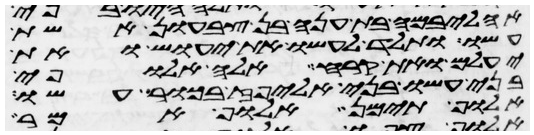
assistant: אהליבמה בת ענה בן צבעון אשת
עשו ותלד לעשו את יעוש ואת
יעלם ואת קרח אלה אלופי
בני עשו בני אליפז בכור עשו
אלוף תימן אלוף אמר